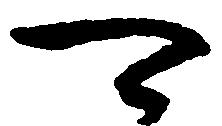
可